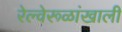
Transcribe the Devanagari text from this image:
रेल्वेरूळांखाली